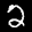
Label: 2